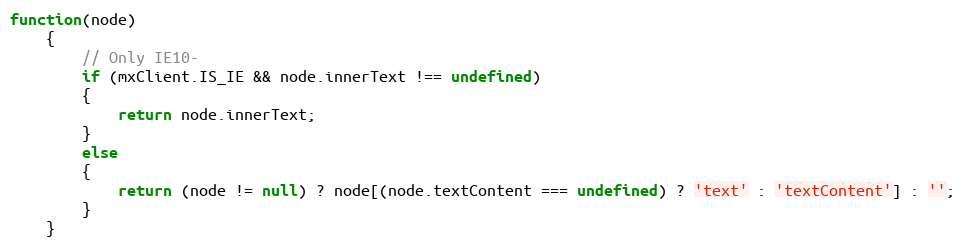
Language: JavaScript
function(node)
	{
		// Only IE10-
		if (mxClient.IS_IE && node.innerText !== undefined)
		{
			return node.innerText;
		}
		else
		{
			return (node != null) ? node[(node.textContent === undefined) ? 'text' : 'textContent'] : '';
		}
	}